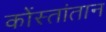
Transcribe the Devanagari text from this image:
कोंस्तांतान